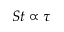
S t \propto \tau